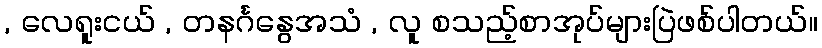
, လေရူးငယ် , တနင်္ဂနွေအသံ , လူ စသည့်စာအုပ်များပြဲဖစ်ပါတယ်။